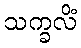
သက္ခလိံ